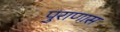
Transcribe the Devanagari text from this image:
पुराणास